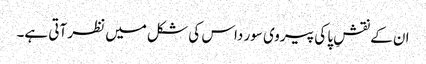
ان کے نقشِ پا کی پیروی سور داس کی شکل میں نظر آتی ہے۔